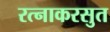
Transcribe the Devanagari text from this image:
रत्नाकरसुत